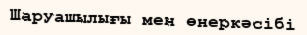
Шаруашылығы мен өнеркәсібі